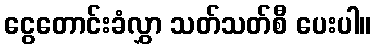
ငွေတောင်းခံလွှာ သတ်သတ်စီ ပေးပါ။